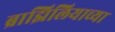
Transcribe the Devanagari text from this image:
ब्राझिलियाच्या